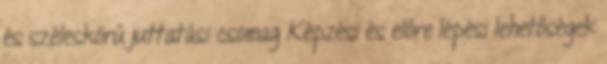
és széleskörű juttatási csomag Képzési és előre lépési lehetőségek